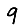
Digit: 9